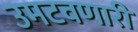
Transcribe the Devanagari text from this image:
उमटवणारी